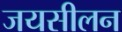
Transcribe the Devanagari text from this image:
जयसीलन